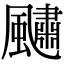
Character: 𩘹